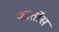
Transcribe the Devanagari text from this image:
कार्तोस